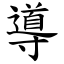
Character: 導